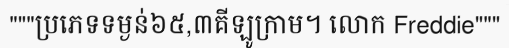
"""ប្រភេទទម្ងន់៦៥,៣គីឡូក្រាម។ លោក Freddie"""